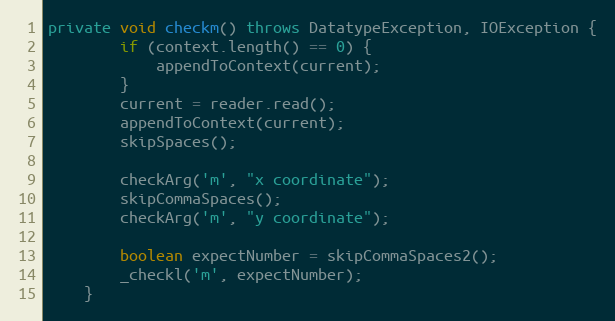
Language: Java
private void checkm() throws DatatypeException, IOException {
        if (context.length() == 0) {
            appendToContext(current);
        }
        current = reader.read();
        appendToContext(current);
        skipSpaces();

        checkArg('m', "x coordinate");
        skipCommaSpaces();
        checkArg('m', "y coordinate");

        boolean expectNumber = skipCommaSpaces2();
        _checkl('m', expectNumber);
    }